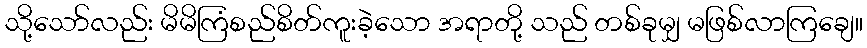
သို့သော်လည်း မိမိကြံစည်စိတ်ကူးခဲ့သော အရာတို့ သည် တစ်ခုမျှ မဖြစ်လာကြချေ။